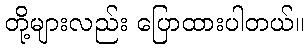
တို့များလည်း ပြောထားပါတယ်။